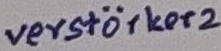
Text: verstärker2